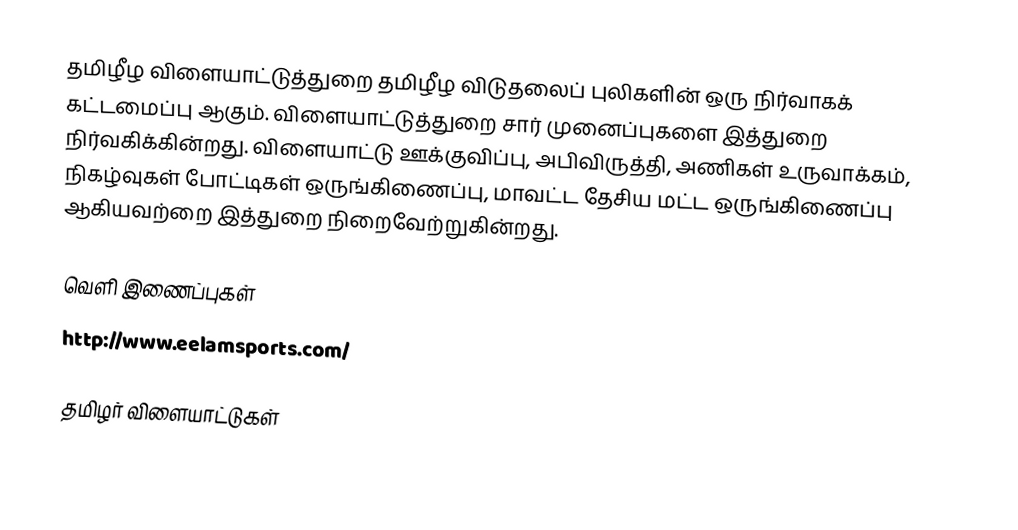
தமிழீழ விளையாட்டுத்துறை தமிழீழ விடுதலைப் புலிகளின் ஒரு நிர்வாகக் கட்டமைப்பு ஆகும்.  விளையாட்டுத்துறை சார் முனைப்புகளை இத்துறை நிர்வகிக்கின்றது.  விளையாட்டு ஊக்குவிப்பு, அபிவிருத்தி, அணிகள் உருவாக்கம், நிகழ்வுகள் போட்டிகள் ஒருங்கிணைப்பு, மாவட்ட தேசிய மட்ட ஒருங்கிணைப்பு ஆகியவற்றை இத்துறை நிறைவேற்றுகின்றது.

வெளி இணைப்புகள்
 http://www.eelamsports.com/

தமிழர் விளையாட்டுகள்